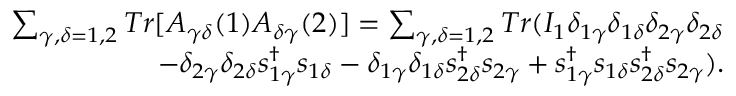
\begin{array} { r } { { \sum _ { \gamma , \delta = 1 , 2 } T r [ A _ { \gamma \delta } ( 1 ) A _ { \delta \gamma } ( 2 ) ] = \sum _ { \gamma , \delta = 1 , 2 } T r ( I _ { 1 } \delta _ { 1 \gamma } \delta _ { 1 \delta } \delta _ { 2 \gamma } \delta _ { 2 \delta } } } \\ { { - \delta _ { 2 \gamma } \delta _ { 2 \delta } s _ { 1 \gamma } ^ { \dagger } s _ { 1 \delta } - \delta _ { 1 \gamma } \delta _ { 1 \delta } s _ { 2 \delta } ^ { \dagger } s _ { 2 \gamma } + s _ { 1 \gamma } ^ { \dagger } s _ { 1 \delta } s _ { 2 \delta } ^ { \dagger } s _ { 2 \gamma } ) } . } \end{array}